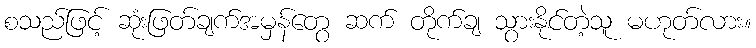
စသည်ဖြင့် ဆုံးဖြတ်ချက်အမှန်တွေ ဆက် တိုက်ချ သွားနိုင်တဲ့သူ မဟုတ်လား။